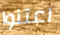
اعتنوا